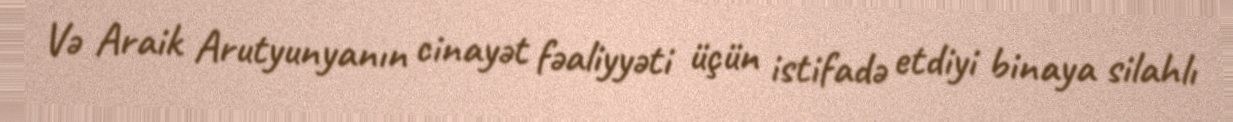
Və Araik Arutyunyanın cinayət fəaliyyəti üçün istifadə etdiyi binaya silahlı